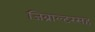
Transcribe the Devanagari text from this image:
जिब्राल्टरसह